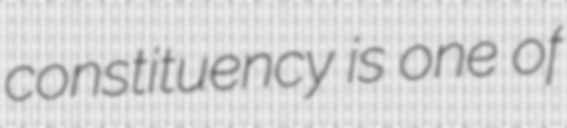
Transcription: constituency is one of